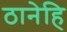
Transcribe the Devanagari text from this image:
ठानेहि